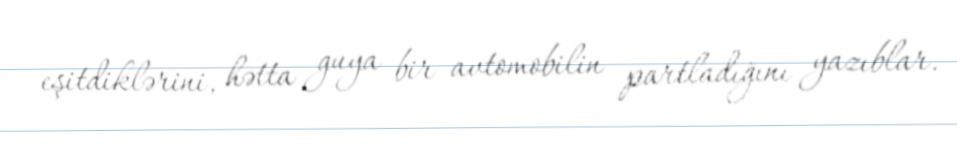
eşitdiklərini, hətta guya bir avtomobilin partladığını yazıblar.